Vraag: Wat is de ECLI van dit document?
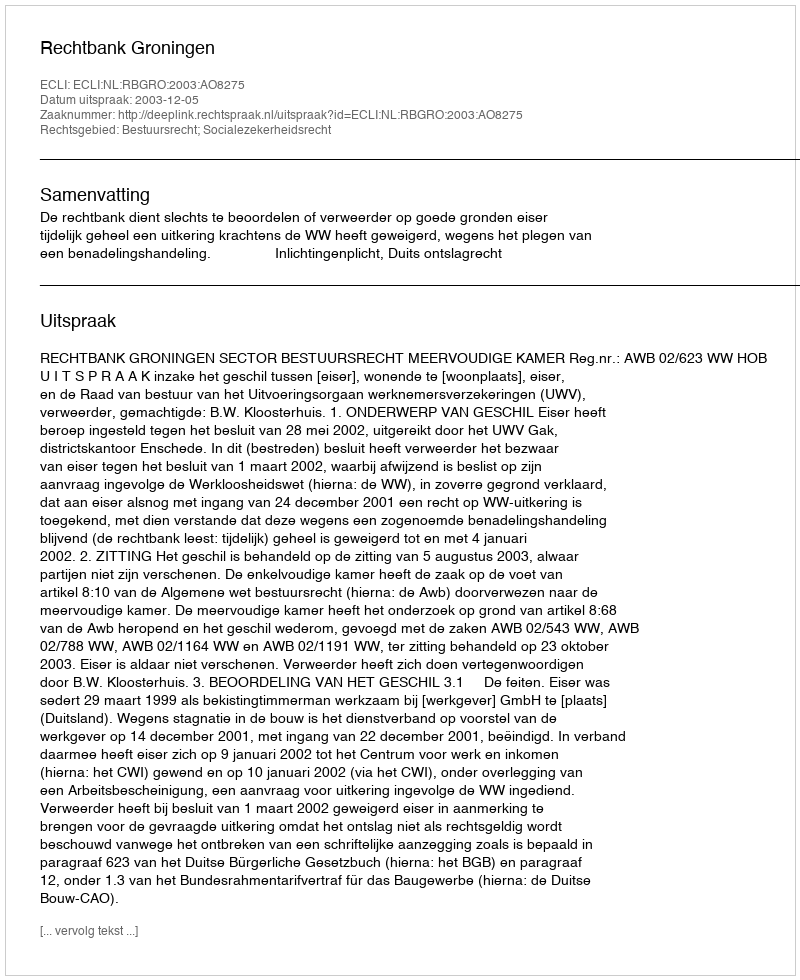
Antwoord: ECLI:NL:RBGRO:2003:AO8275